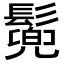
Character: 𩮷